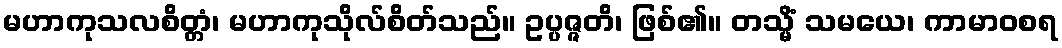
မဟာကုသလစိတ္တံ၊ မဟာကုသိုလ်စိတ်သည်။ ဥပ္ပဇ္ဇတိ၊ ဖြစ်၏။ တသ္မိံ သမယေ၊ ကာမာဝစရ